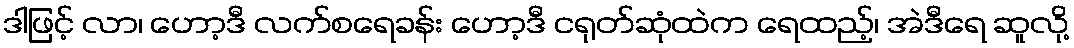
ဒါဖြင့် လာ၊ ဟော့ဒီ လက်စရေခန်း ဟော့ဒီ ငရုတ်ဆုံထဲက ရေထည့်၊ အဲဒီရေ ဆူလို့